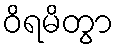
ဝိရမိတွာ